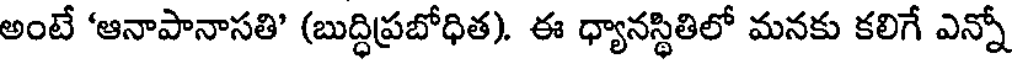
అంటే 'ఆనాపానాసతి' (బుద్ధిప్రబోధిత). ఈ ధ్యానస్థితిలో మనకు కలిగే ఎన్నో